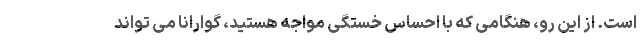
است. از این رو، هنگامی که با احساس خستگی مواجه هستید، گوارانا می تواند